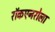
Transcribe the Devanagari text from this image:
रॉकएनरोला